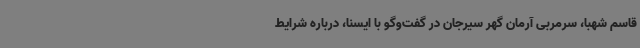
قاسم شهبا، سرمربی آرمان گهر سیرجان در گفت‌وگو با ایسنا، درباره شرایط